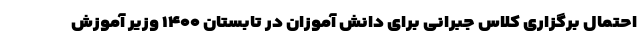
احتمال برگزاری کلاس جبرانی برای دانش آموزان در تابستان ۱۴۰۰ وزیر آموزش